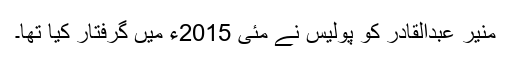
منیر عبدالقادر کو پولیس نے مئی 2015ء میں گرفتار کیا تھا۔